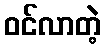
ဝင်လာတဲ့